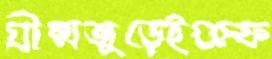
গ্রীষ্মজুড়েইগুম্ফ